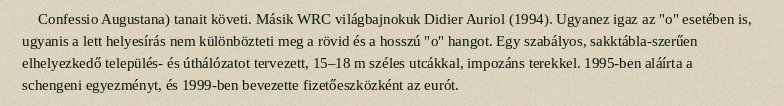
Confessio Augustana) tanait követi. Másik WRC világbajnokuk Didier Auriol (1994). Ugyanez igaz az "o" esetében is, ugyanis a lett helyesírás nem különbözteti meg a rövid és a hosszú "o" hangot. Egy szabályos, sakktábla-szerűen elhelyezkedő település- és úthálózatot tervezett, 15–18 m széles utcákkal, impozáns terekkel. 1995-ben aláírta a schengeni egyezményt, és 1999-ben bevezette fizetőeszközként az eurót.